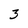
Character: 3